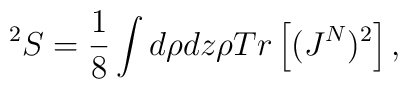
^2S = \frac {1}{8}\int d\rho dz \rho Tr\left [(J^N)^2 \right],